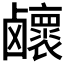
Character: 𱊽